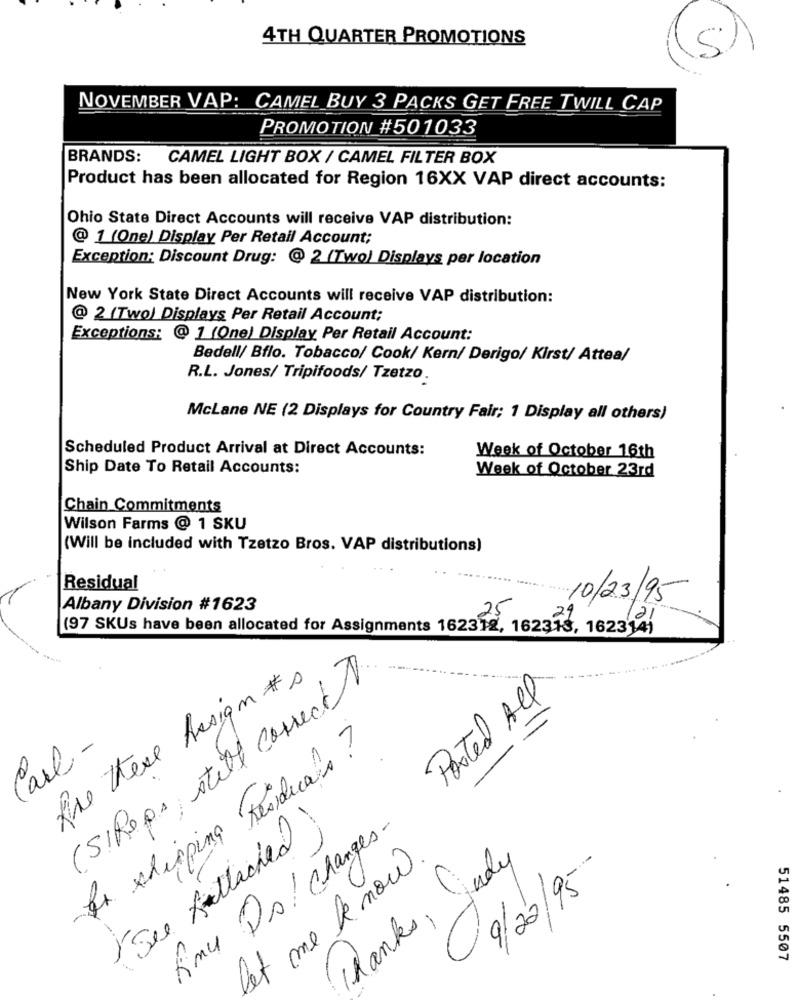
4TH QUARTER PROMOTIONS
S
NOVEMBER VAP: CAMEL BUY 3 PACKS GET FREE TWILL CAP
PROMOTION #501033
BRANDS: CAMEL LIGHT BOX / CAMEL FILTER BOX
Product has been allocated for Region 16XX VAP direct accounts:
Ohio State Direct Accounts will receive VAP distribution:
@ 1 (One) Display Per Retail Account;
Exception: Discount Drug: @ 2 (Two) Displays per location
New York State Direct Accounts will receive VAP distribution:
@ 2 (Two) Displays Per Retail Account;
Exceptions: @ 1 (One) Display Per Retail Account:
Bedell/ Bflo. Tobacco/ Cook/ Kern/ Derigo/ Kirst/ Attea/
R.L. Jones/ Tripifoods/ Tzetzo.
McLane NE (2 Displays for Country Fair; 1 Display all others)
Scheduled Product Arrival at Direct Accounts:
Week of October 16th
Ship Date To Retail Accounts:
Week of October 23rd
Chain Commitments
Wilson Farms @ 1 SKU
(Will be included with Tzetzo Bros. VAP distributions)
Residual
10/23/95
Albany Division #1623
25
(97 SKUs have been allocated for Assignments 162312, 162313, 162314)
the there Assign #A
(S)Reps, stilt correct .
Posted All
Carl -
Ir shipping Residuals?
See Attached)
Anu Ds / Changes-
let me be now .
Thanks, Judy
9/22/95
51485 5507